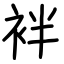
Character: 袢